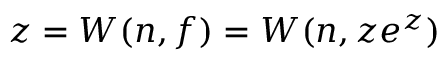
z = W ( n , f ) = W ( n , z e ^ { z } )